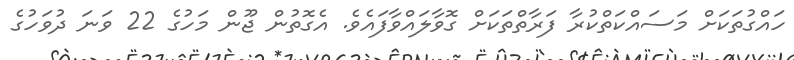
ހައްގުތަކަށް މަސައްކަތްކުރާ ފަރާތްތަކަށް ގޮވާލައްވާފައެވެ. އެގޮތުން ޖޫން މަހުގެ 22 ވަނަ ދުވަހުގެ